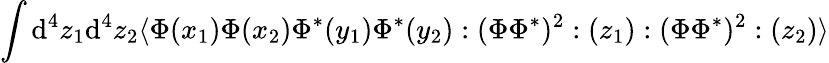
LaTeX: \int\mathrm{d}^{4}z_{1}\mathrm{d}^{4}z_{2}\langle\Phi(x_{1})\Phi(x_{2})\Phi^{*}(y_{1})\Phi^{*}(y_{2}):(\Phi\Phi^{*})^{2}:(z_{1}):(\Phi\Phi^{*})^{2}:(z_{2})\rangle